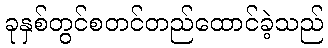
ခုနှစ်တွင်စတင်တည်ထောင်ခဲ့သည်